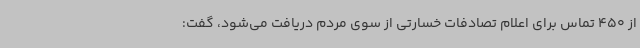
از 450 تماس برای اعلام تصادفات خسارتی از سوی مردم دریافت می‌شود، گفت: